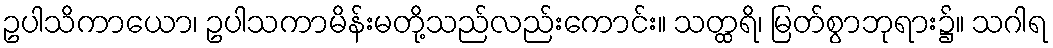
ဥပါသိကာယော၊ ဥပါသကာမိန်းမတို့သည်လည်းကောင်း။ သတ္ထရိ၊ မြတ်စွာဘုရား၌။ သဂါရ